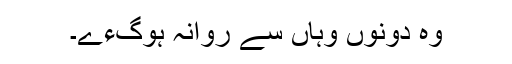
وہ دونوں وہاں سے روانہ ہوگءے۔